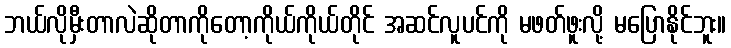
ဘယ်လိုမှီးတာလဲဆိုတာကိုတော့ကိုယ်ကိုယ်တိုင် အဆင်လူပင်ကို မဖတ်ဖူးလို့ မပြောနိုင်ဘူး။